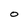
Character: 0